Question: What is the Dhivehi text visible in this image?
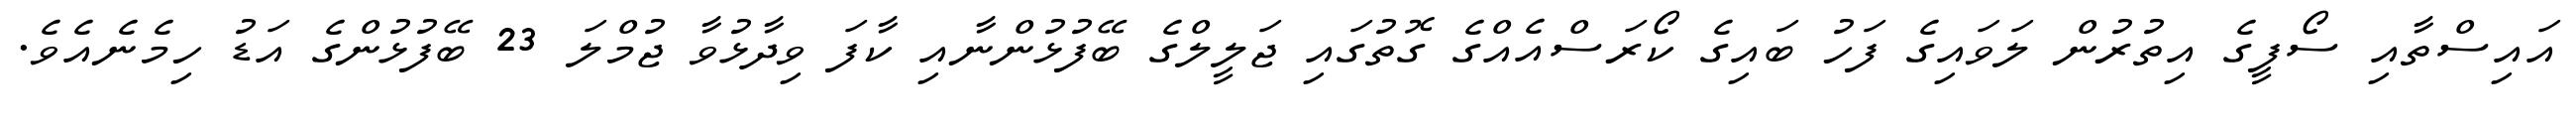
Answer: އައިސްތާއި ސޯފީގެ އިތުރުން ލަވައިގެ ފަހު ބައިގެ ކޯރަސްއެއްގެ ގޮތުގައި ޖަލީލްގެ ބޭފުޅުންނާއި ކާފަ ވިދާޅުވާ ޖުމްލަ 23 ބޭފުޅުންގެ އަޑު ހިމެނެއެވެ.